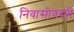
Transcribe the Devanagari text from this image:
निवासीवस्ती